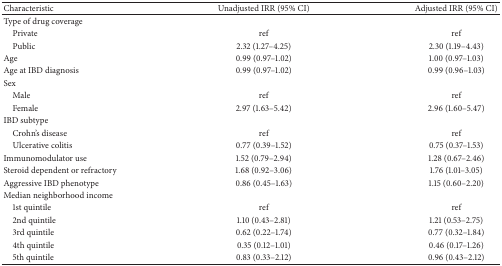
<table><thead><tr><td><b>Characteristic</b></td><td><b>Unadjusted IRR (95% CI)</b></td><td><b>Adjusted IRR (95% CI)</b></td></tr></thead><tbody><tr><td>Type of drug coverage</td><td> </td><td> </td></tr><tr><td> Private</td><td>ref</td><td>ref</td></tr><tr><td> Public</td><td>2.32 (1.27–4.25)</td><td>2.30 (1.19–4.43)</td></tr><tr><td>Age</td><td>0.99 (0.97–1.02)</td><td>1.00 (0.97–1.03)</td></tr><tr><td>Age at IBD diagnosis</td><td>0.99 (0.97–1.02)</td><td>0.99 (0.96–1.03)</td></tr><tr><td>Sex</td><td> </td><td> </td></tr><tr><td> Male</td><td>ref</td><td>ref</td></tr><tr><td> Female</td><td>2.97 (1.63–5.42)</td><td>2.96 (1.60–5.47)</td></tr><tr><td>IBD subtype</td><td> </td><td> </td></tr><tr><td> Crohn&#x27;s disease</td><td>ref</td><td>ref</td></tr><tr><td> Ulcerative colitis</td><td>0.77 (0.39–1.52)</td><td>0.75 (0.37–1.53)</td></tr><tr><td>Immunomodulator use</td><td>1.52 (0.79–2.94)</td><td>1.28 (0.67–2.46)</td></tr><tr><td>Steroid dependent or refractory</td><td>1.68 (0.92–3.06)</td><td>1.76 (1.01–3.05)</td></tr><tr><td>Aggressive IBD phenotype</td><td>0.86 (0.45–1.63)</td><td>1.15 (0.60–2.20)</td></tr><tr><td>Median neighborhood income</td><td> </td><td> </td></tr><tr><td> 1st quintile</td><td>ref</td><td>ref</td></tr><tr><td> 2nd quintile</td><td>1.10 (0.43–2.81)</td><td>1.21 (0.53–2.75)</td></tr><tr><td> 3rd quintile</td><td>0.62 (0.22–1.74)</td><td>0.77 (0.32–1.84)</td></tr><tr><td> 4th quintile</td><td>0.35 (0.12–1.01)</td><td>0.46 (0.17–1.26)</td></tr><tr><td> 5th quintile</td><td>0.83 (0.33–2.12)</td><td>0.96 (0.43–2.12)</td></tr></tbody></table>